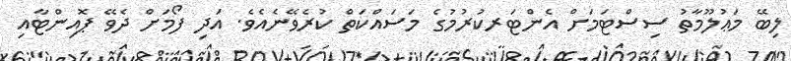
ލިބޭ މަޢުލޫމާތު ސިސްޓަމަށް އެންޓަރކުރުމުގެ މަސައްކަތް ކުރެވޭނެއެވެ. އަދި ފޯމަށް ދެވޭ ޕޮއިންޓާއި